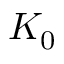
K _ { 0 }